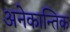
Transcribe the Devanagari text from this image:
अनेकान्तिक